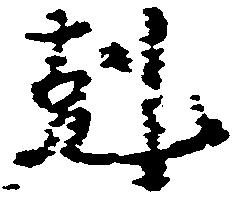
剋